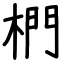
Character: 椚